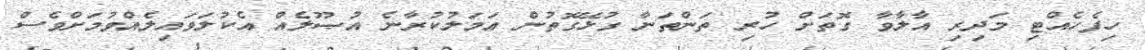
ހިފެހެއްޓި މަދިރި އާލާވާ ގޮތަށް ހުރި ތަންތަނާ ގުޅޭގޮތުން ޢަމަލުކުރާނެ އުޞޫލެއް އެކުލަވައިލެއްވުމަށްވެސް